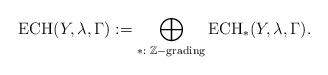
LaTeX: \begin{align*} \mathrm{ECH}(Y,\lambda,\Gamma):= \bigoplus_{*:\,\,\mathbb{Z}\mathrm{-grading}}\mathrm{ECH}_{*}(Y,\lambda,\Gamma).\end{align*}